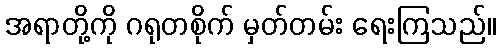
အရာတို့ကို ဂရုတစိုက် မှတ်တမ်း ရေးကြသည်။